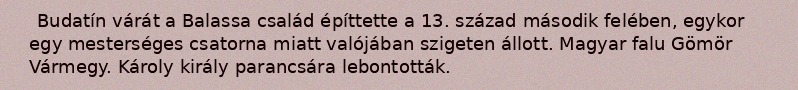
Budatín várát a Balassa család építtette a 13. század második felében, egykor egy mesterséges csatorna miatt valójában szigeten állott. Magyar falu Gömör Vármegy. Károly király parancsára lebontották.